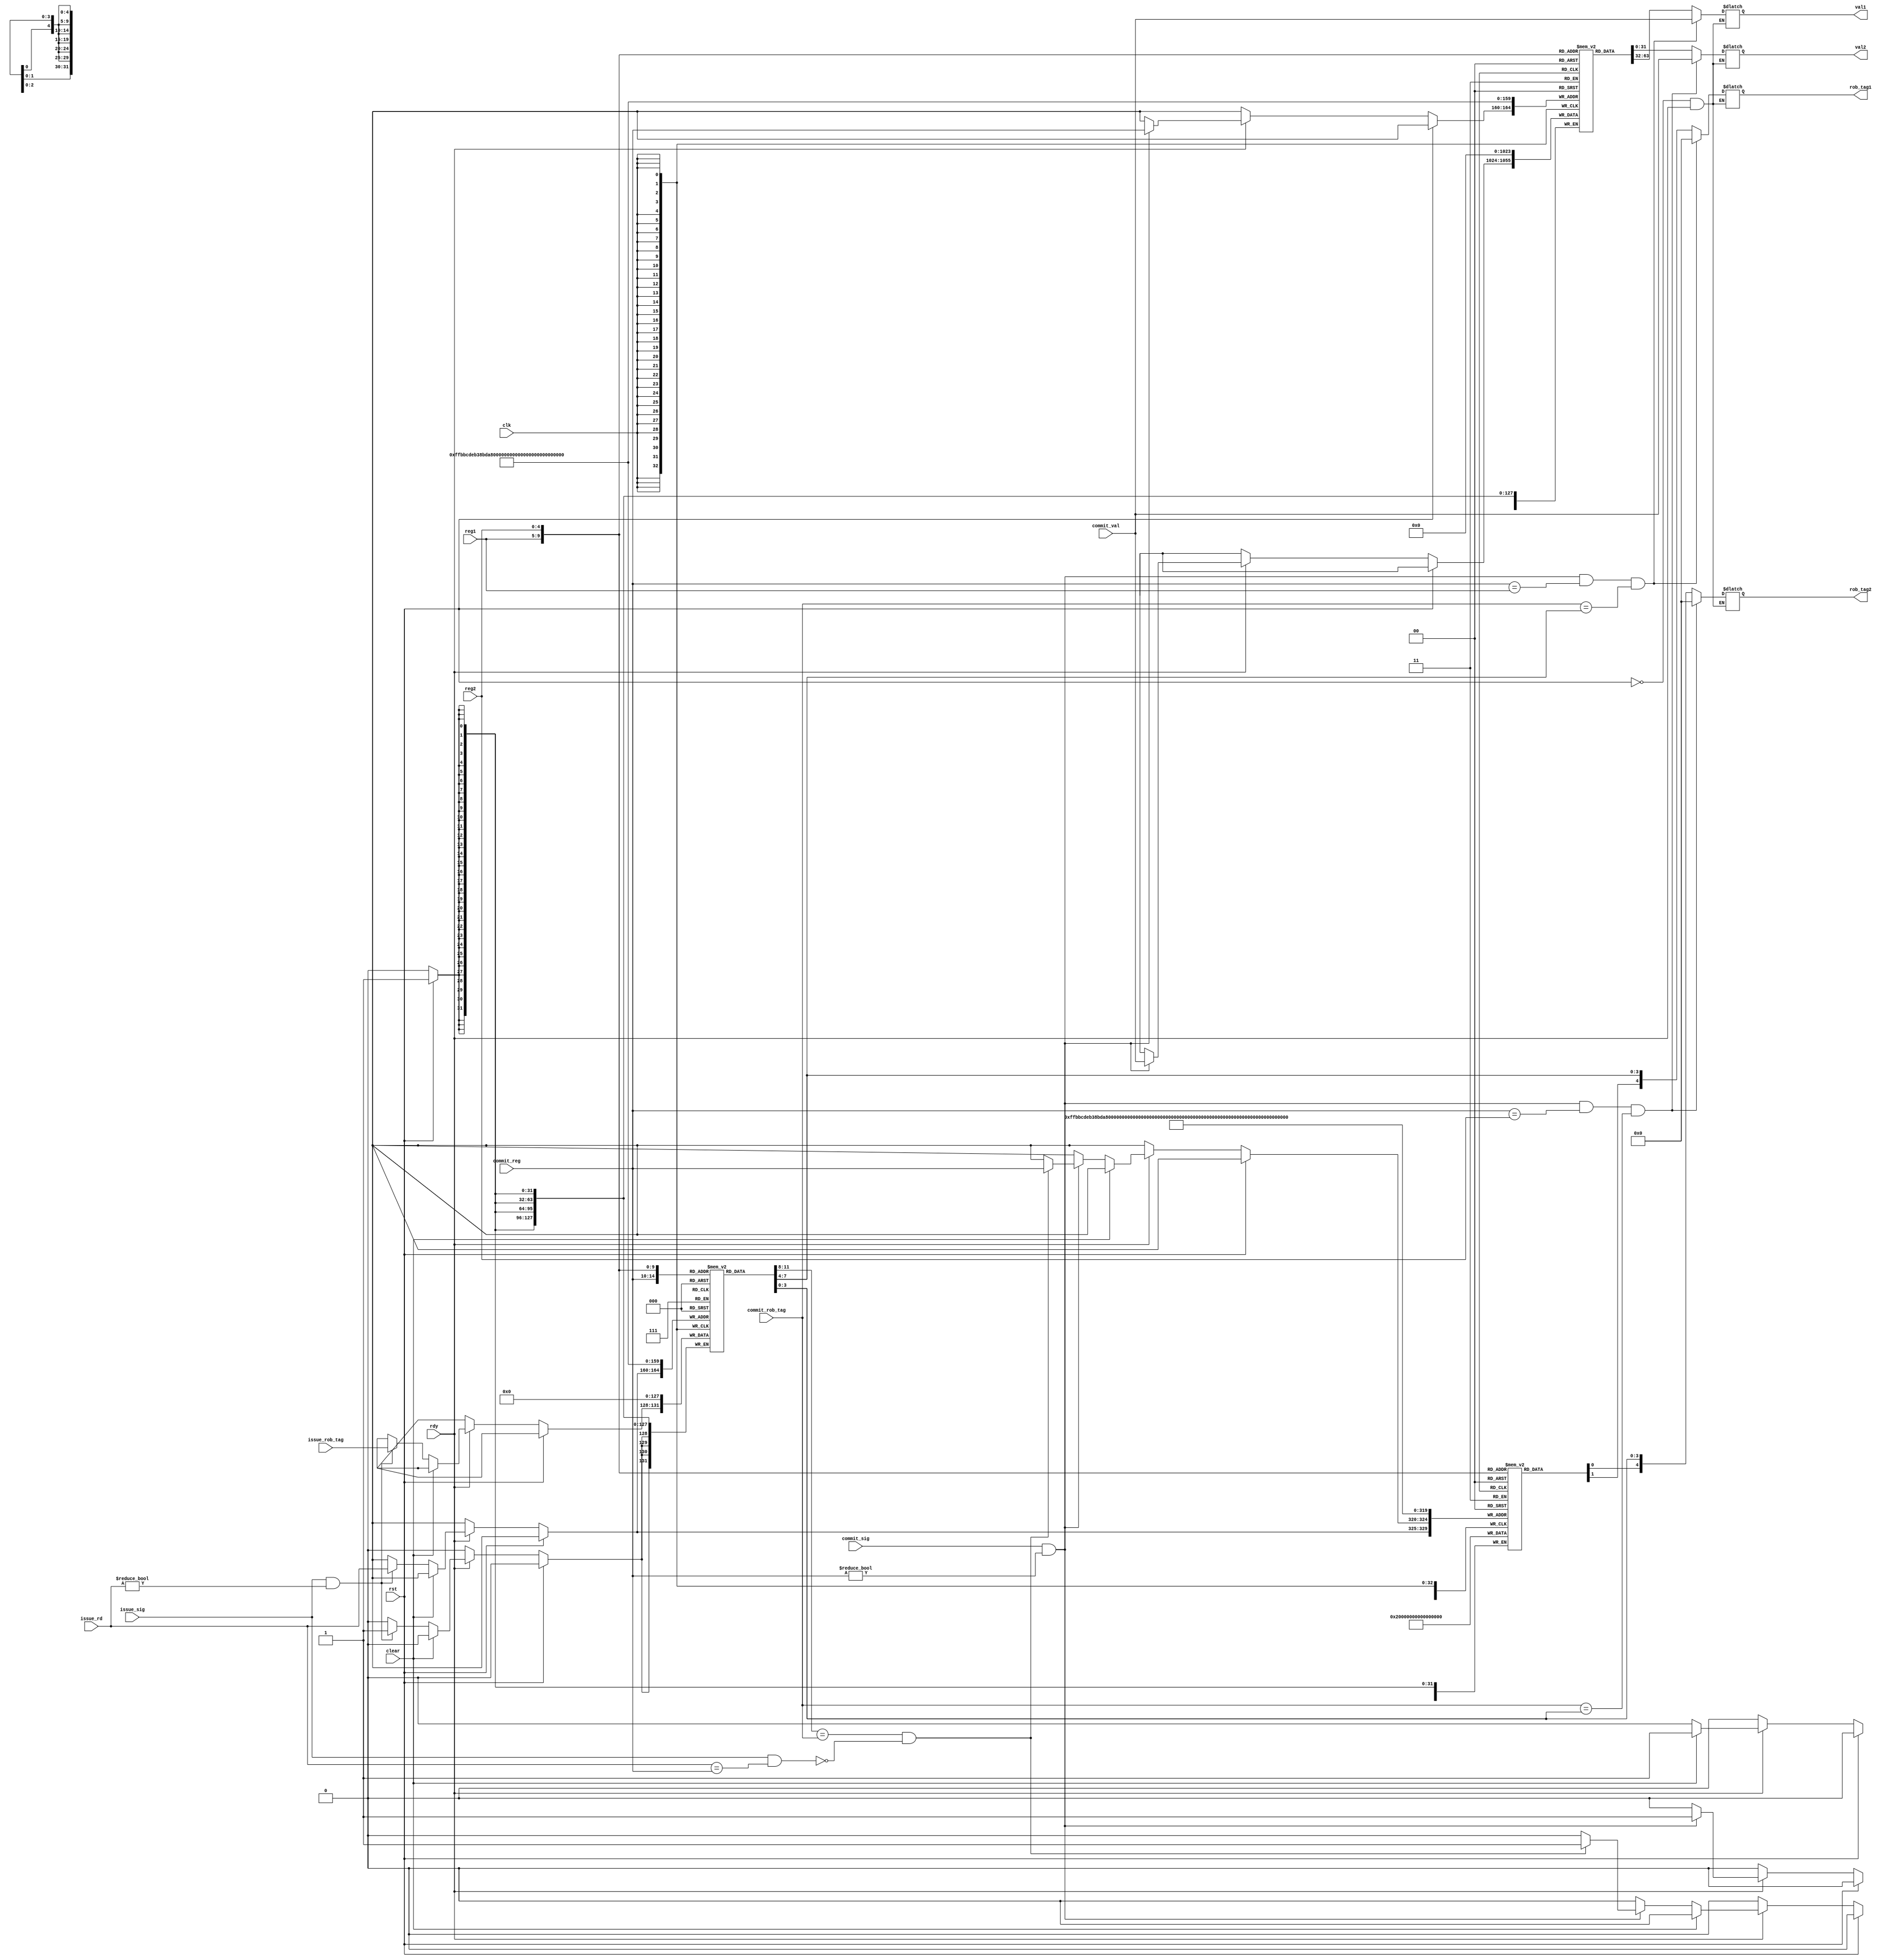
`ifndef REGFILE
`define REGFILE

module regFile(
    input wire clk, 
    input wire rst,
    input wire rdy, 

    // communicate with dispatcher
    input wire issue_sig,
    input wire[4 : 0] issue_rd,
    input wire[3 : 0] issue_rob_tag,
    input wire[4 : 0] reg1,
    output reg[31 : 0] val1,
    output reg[1 + 3 : 0] rob_tag1, // highest bit 1 -> tag / 0 -> no tag 
    input wire[4 : 0] reg2,
    output reg[31 : 0] val2,
    output reg[1 + 3 : 0] rob_tag2, 

    // communicate with rob
    input wire clear, 
    input wire commit_sig, 
    input wire[4 : 0] commit_reg,
    input wire[31 : 0] commit_val,
    input wire[3 : 0] commit_rob_tag
);
    reg[31 : 0] reg_val[31 : 0]; // reg[0] === 0
    reg is_tag[31 : 0]; // 0 -> no tag cover 
    reg[3 : 0] rob_tag[31 : 0];
    integer i;
    always @(posedge clk) begin
        if (rst) begin
            for (i = 0; i < 32; i = i + 1) begin
                reg_val[i] <= 32'b0;
                rob_tag[i] <= 4'b0000;
                is_tag[i] <= 1'b0;
            end
        end else if (rdy) begin
            // modify val
            if (commit_sig && (commit_reg != 5'b00000)) begin 
                reg_val[commit_reg] <= commit_val;
            end
            // clear and commit_sig can be at the same time !!   
            // modify tag
            if (clear) begin 
                for (i = 0; i < 32; i = i + 1) begin
                    is_tag[i] <= 1'b0;
                end
            end else begin
                if (commit_sig && (commit_reg != 5'b00000)) begin
                    if (rob_tag[commit_reg] == commit_rob_tag 
                        && !(issue_sig && issue_rd == commit_reg)) begin
                            is_tag[commit_reg] <= 1'b0;
                    end  
                end
                if (issue_sig && (issue_rd != 5'b00000)) begin
                    is_tag[issue_rd] <= 1'b1;
                    rob_tag[issue_rd] <= issue_rob_tag;
                end
            end
        end
    end
    // read 2 regs
    always @(*) begin
        if (!rst && rdy) begin
            if (commit_sig && commit_reg != 5'b00000 && 
                commit_reg == reg1 && commit_rob_tag == rob_tag[reg1]) begin
                val1 = commit_val;
                rob_tag1 = {1'b0, {4{1'b0}}};
            end else begin
                val1 = reg_val[reg1];
                rob_tag1 = {is_tag[reg1], rob_tag[reg1]};
            end
        end
    end
    always @(*) begin
        if (!rst && rdy) begin
            if (commit_sig && commit_reg != 5'b00000 && 
                commit_reg == reg2 && commit_rob_tag == rob_tag[reg2]) begin
                val2 = commit_val;
                rob_tag2 = {1'b0, {4{1'b0}}};
            end else begin
                val2 = reg_val[reg2];
                rob_tag2 = {is_tag[reg2], rob_tag[reg2]};
            end            
        end
    end

endmodule
`endif